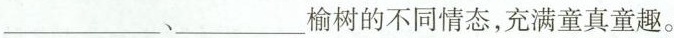
___、___榆树的不同情态，充满童真童趣。